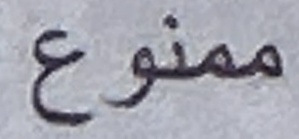
ممنوع